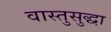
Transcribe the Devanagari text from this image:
वास्तुसुद्धा